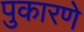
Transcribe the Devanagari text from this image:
पुकारणे